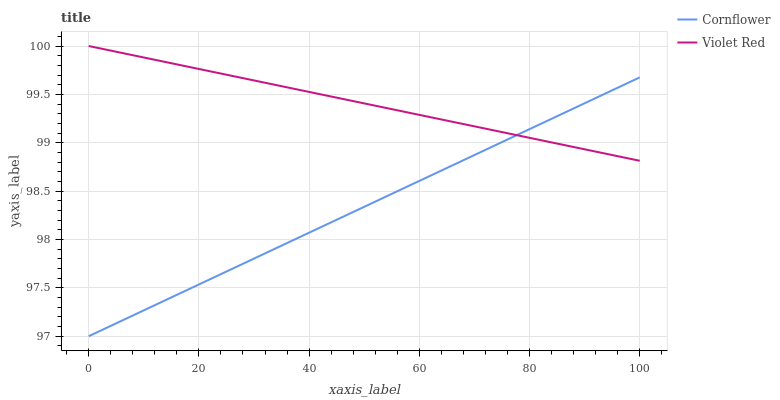
| xaxis_label | Cornflower | Violet Red |
 | --- | --- | --- |
 | 0 | 97 | 100 |
 | 5.88 | 97.2 | 99.9 |
 | 11.8 | 97.3 | 99.9 |
 | 17.6 | 97.5 | 99.8 |
 | 23.5 | 97.6 | 99.7 |
 | 29.4 | 97.8 | 99.7 |
 | 35.3 | 97.9 | 99.6 |
 | 41.2 | 98.1 | 99.5 |
 | 47.1 | 98.3 | 99.4 |
 | 52.9 | 98.4 | 99.4 |
 | 58.8 | 98.6 | 99.3 |
 | 64.7 | 98.7 | 99.2 |
 | 70.6 | 98.9 | 99.2 |
 | 76.5 | 99 | 99.1 |
 | 82.4 | 99.2 | 99 |
 | 88.2 | 99.4 | 99 |
 | 94.1 | 99.5 | 98.9 |
 | 100 | 99.7 | 98.8 |